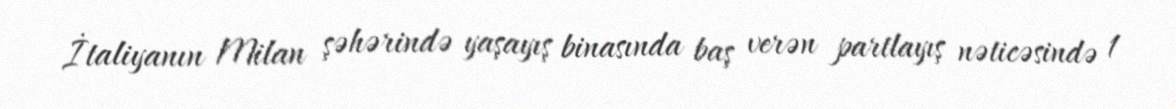
İtaliyanın Milan şəhərində yaşayış binasında baş verən partlayış nəticəsində 1